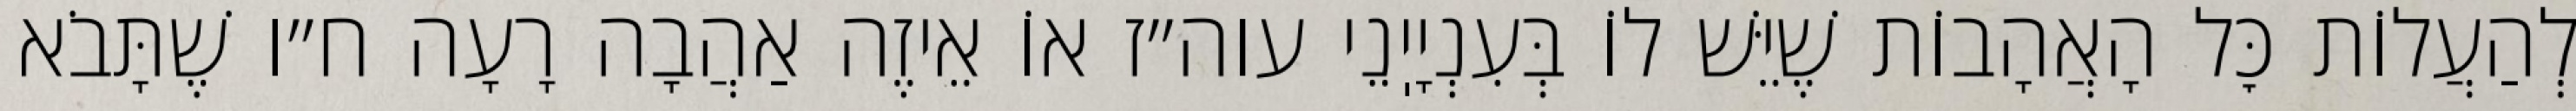
לְהַעֲלוֹת כׇּל הָאֲהָבוֹת שֶׁיֵּשׁ לוֹ בְּעִנְיָיֽנֵי עוה״ז אוֹ אֵיזֶה אַהֲבָה רָעָה ח״ו שֶׁתָּבֹא